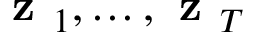
\textbf { z } _ { 1 } , \ldots , \textbf { z } _ { T }